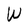
Character: W